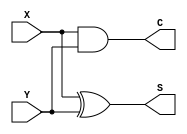
`timescale 1ns / 1ps
//////////////////////////////////////////////////////////////////////////////////
// Company: 
// Engineer: 
// 
// Design Name: 
// Module Name: two_bit_adder
// Project Name: 
// Target Devices: 
// Tool Versions: 
// Description: 
// 
// Dependencies: 
// 
// Revision:
// Revision 0.01 - File Created
// Additional Comments:
// 
//////////////////////////////////////////////////////////////////////////////////
module half_adder(S,C,X,Y);
input X,Y;
output S,C;
xor a1(S,X,Y);
and a2(C,X,Y);
endmodule
module two_bit_adder(A,B,Cin,Sum,Carry);
input [1:0]A,B;
input Cin;
output [1:0]Sum;
output Carry;
wire C1,C2,C3,C4,S0,S1;
half_adder h1(S0,C0,A[0],B[0]);
half_adder h2(Sum[0],C1,Cin,S0);
or o1(C2,C1,C0);
half_adder h3(S1,C3,A[1],B[1]);
half_adder h4(Sum[1],C4,C2,S1);
or o2(Carry,C3,C4);
endmodule